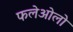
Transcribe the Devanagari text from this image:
फलेओलो